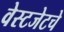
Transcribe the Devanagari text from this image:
वेस्टजेटचे